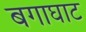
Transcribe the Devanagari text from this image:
बगाघाट